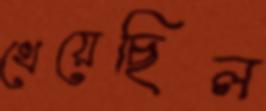
খেয়েছিল